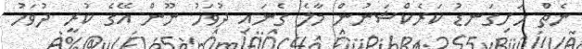
ނެތް ހަށިގަނޑު ކަރެކްޝަނުން މާލެ ގެނައި ދުވަހު ނޫން އޭގެ ކުރީ ދުވަހު